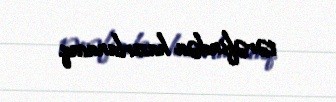
tərəfindən hazırlanacaq.